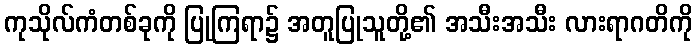
ကုသိုလ်ကံတစ်ခုကို ပြုကြရာ၌ အတူပြုသူတို့၏ အသီးအသီး လားရာဂတိကို